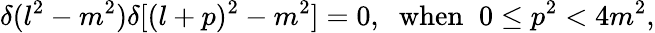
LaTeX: \delta(l^{2}-m^{2})\delta[(l+p)^{2}-m^{2}]=0,\; \; \mathrm{when}\; \; 0\leq p^{2}<4m^{2},